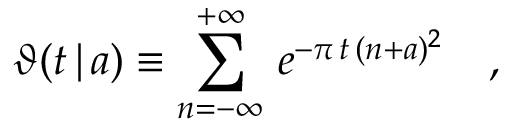
\vartheta ( t \, | \, a ) \equiv \sum _ { n = - \infty } ^ { + \infty } \, e ^ { - \pi \, t \, ( n + a ) ^ { 2 } } \quad ,